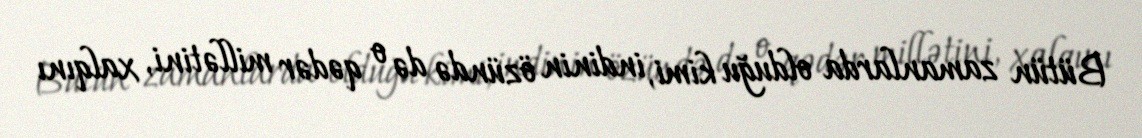
Bütün zamanlarda olduğu kimi, indinin özündə də o qədər millətini, xalqını